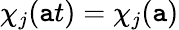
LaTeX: \chi_{j}(\mathtt{a}t)=\chi_{j}(\mathtt{a})